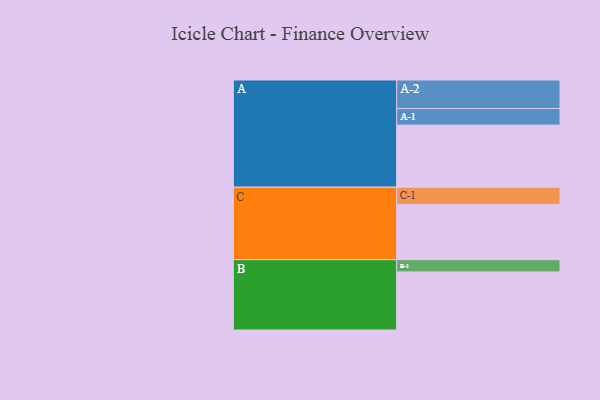
{"axis": {"x": "Segment", "y": "Value"}, "legend": ["", "A", "B", "C"], "data": [{"x": "A", "y": 527, "type": ""}, {"x": "B", "y": 493, "type": ""}, {"x": "C", "y": 469, "type": ""}, {"x": "A-1", "y": 141, "type": "A"}, {"x": "A-2", "y": 242, "type": "A"}, {"x": "B-1", "y": 104, "type": "B"}, {"x": "C-1", "y": 146, "type": "C"}]}